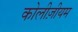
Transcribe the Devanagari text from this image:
कोलीज़ीयम